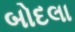
બોદલા